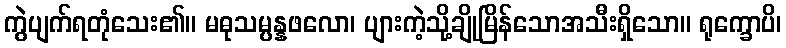
ကွဲပျက်ရတုံသေး၏။ မဓုသမ္ပန္နဖလော၊ ပျားကဲ့သို့ချိုမြိန်သောအသီးရှိသော။ ရုက္ခောပိ၊